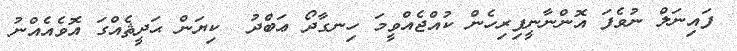
ފައިނަލް ނުވެފަ އޮންނާނީފިރިހެން ކުއްޖެއްވީމަ ހިނގާދޯ ޢަބްދު  ކިޔަން ޙަދީޘެއްގަ އޮވެއެއްނު